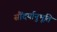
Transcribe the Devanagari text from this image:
सौंदर्यानुभूति